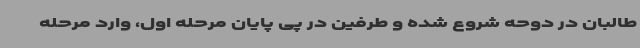
طالبان در دوحه شروع شده و طرفین در پی پایان مرحله اول، وارد مرحله